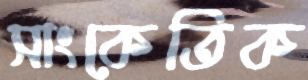
সাংকেতিক